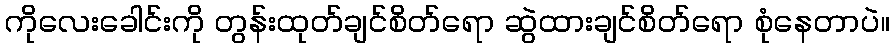
ကိုလေးခေါင်းကို တွန်းထုတ်ချင်စိတ်ရော ဆွဲထားချင်စိတ်ရော စုံနေတာပဲ။